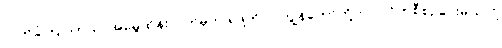
လက်ခံကြပါတယ်၊ အမွေထိန်းလက်မှတ် ရဖို့ကိုလဲ ကျွန်တော်တို့ကပဲ လိုက်စီစဉ်ပေးမယ်လို့